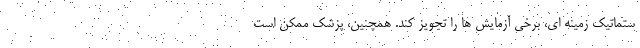
ستماتیک زمینه ای، برخی آزمایش ها را تجویز کند. همچنین، پزشک ممکن است